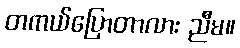
တကယ်ပြောတာလား ညီမ။